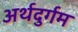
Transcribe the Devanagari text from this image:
अर्थदुर्गम